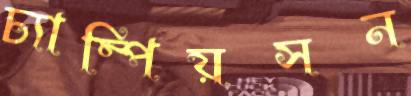
চ্যাম্পিয়সন